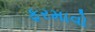
ફરમાવો